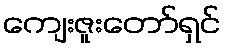
ကျေးဇူးတော်ရှင်